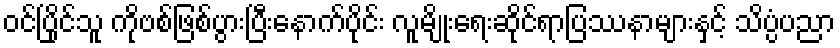
ဝင်ပြိုင်သူ ကိုဗစ်ဖြစ်ပွားပြီးနောက်ပိုင်း လူမျိုးရေးဆိုင်ရာပြဿနာများနှင့် သိပ္ပံပညာ